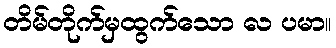
တိမ်တိုက်မှထွက်သော လ ပမာ။